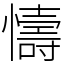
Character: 懤